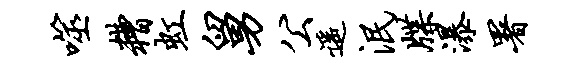
噬糟虹舅公遥泯牒瀑署